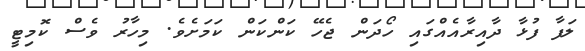
ލަފާ ފުޅާ ދާއިރާއެއްގައި ހޯދަން ޖެހޭ ކަންކަން ކަމަށެވެ. މިހާރު ވެސް ކޮމިޓީ